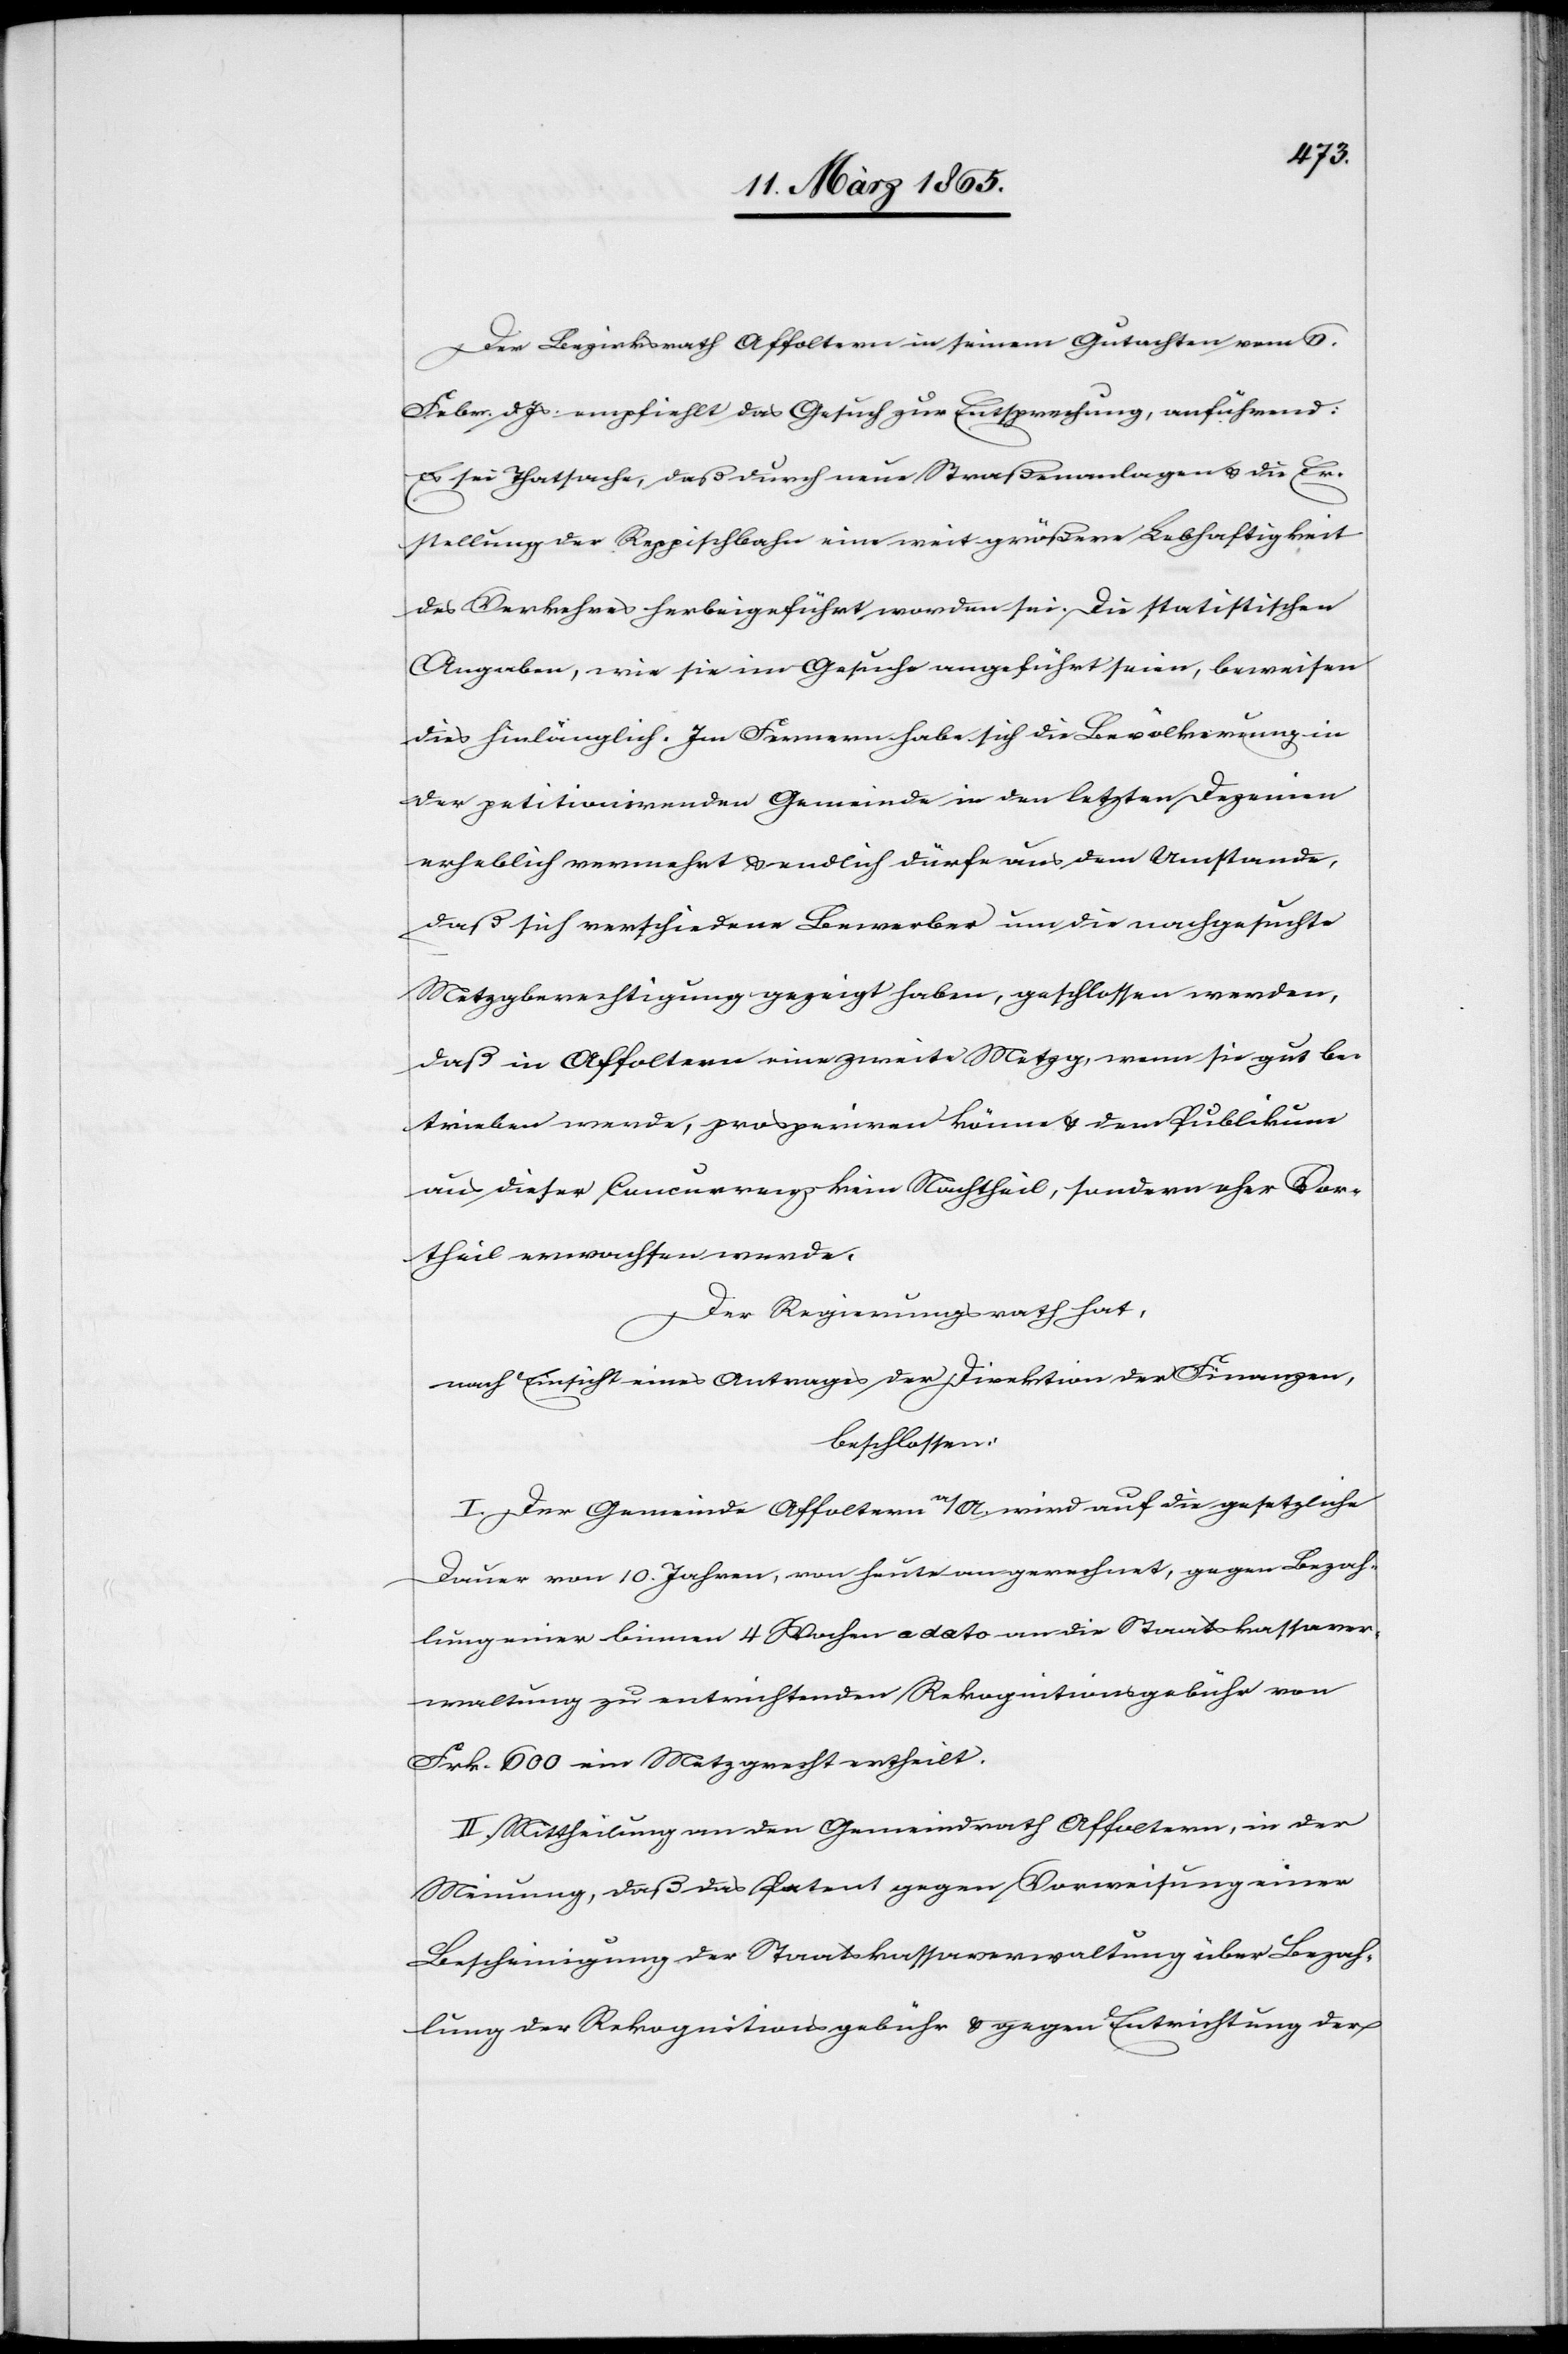
Der Bezirksrath Affoltern in seinem Gutachten vom 6.
Febr. d. Js. empfiehlt das Gesuch zur Entsprechung, anführend:
Es sei Thatsache, daß durch neue Straßenanlagen u. die Er¬
stellung der Reppischbahn eine weit größere Lebhaftigkeit
des Verkehres herbeigeführt worden sei. Die statistischen
Angaben, wie sie im Gesuche angeführt seien, beweisen
dies hinlänglich. Im Fernern habe sich die Bevölkerung in
der petitionirenden Gemeinde in den letzten Dezenien
erheblich vermehrt u. endlich dürfe aus dem Umstande,
daß sich verschiedene Bewerber um die nachgesuchte
Metzgberechtigung gezeigt haben, geschlossen werden,
daß in Affoltern eine zweite Metzg, wenn sie gut be¬
trieben werde, prosperiren könne u. dem Publikum
aus dieser Concurrenz kein Nachtheil, sondern eher Vor¬
theil erwachsen werde.
Der Regierungsrath hat,
nach Einsicht eines Antrages der Direktion der Finanzen,
beschlossen:
I. Der Gemeinde Affoltern a/A. wird auf die gesetzliche
Dauer von 10. Jahren, von heute an gerechnet, gegen Bezah¬
lung einer binnen 4 Wochen a dato an die Staatskassaver¬
waltung zu entrichtenden Rekognitionsgebühr von
Frk. 600 ein Metzgrecht ertheilt.
II. Mittheilung an den Gemeindrath Affoltern, in der
Meinung, daß das Patent gegen Vorweisung einer
Bescheinigung der Staatskassaverwaltung über Bezah¬
lung der Rekognitionsgebühr u. gegen Entrichtung der